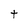
Character: t